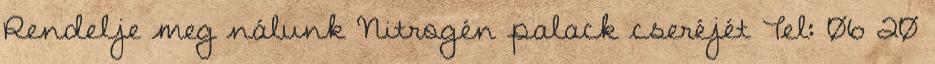
Rendelje meg nálunk Nitrogén palack cseréjét Tel: 06 20